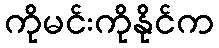
ကိုမင်းကိုနိုင်က